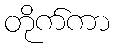
တိုက်ကာ